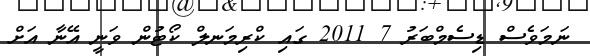
ނަމަވެސް ޑިސެމްބަރު 7 2011 ގައި ކްރިމަނލް ކޯޓުން ވަނީ އޭނާ އަށް